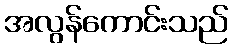
အလွန်ကောင်းသည်